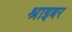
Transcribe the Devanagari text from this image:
श्राइबर